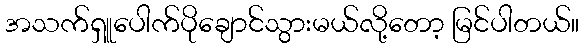
အသက်ရှူပေါက်ပိုချောင်သွားမယ်လို့တော့ မြင်ပါတယ်။